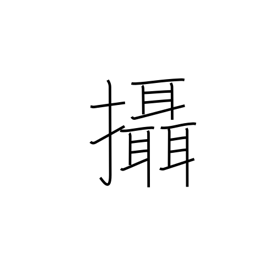
Meaning: act in addition to